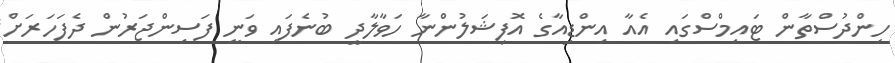
ހިންދުސްތާން ޓައިމްސްގައި އެއާ އިންޑިއާގެ އޮފިޝަލުންނާ ހަވާލާދީ ބުނެފައި ވަނީ ފަސިންޖަރުން ދެފަހަރަށް